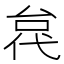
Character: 𫢼